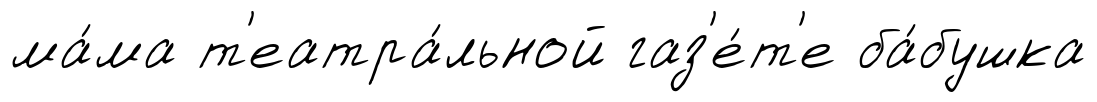
ма́ма т'еатра́льной газ'е́т'е ба́бушка